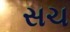
સચ